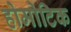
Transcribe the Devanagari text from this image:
होमोटिक